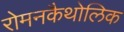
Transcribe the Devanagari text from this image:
रोमनकैथोलिक